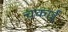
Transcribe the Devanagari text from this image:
चकाई